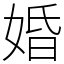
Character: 婚